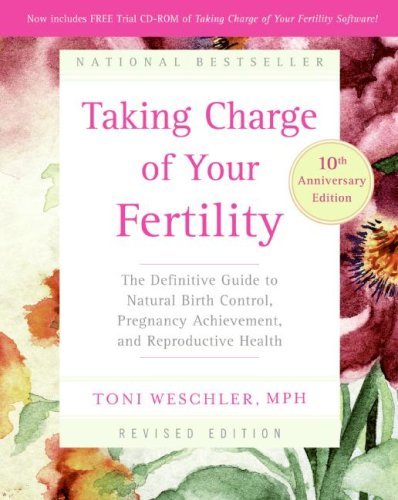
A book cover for Taking Charge of Your Fertility, 10th Anniversary Edition: The Definitive Guide to Natural Birth Control, Pregnancy Achievement, and Reproductive Health [Paperback] [2006] 10th anniversary Ed. Toni Weschler; Toni Weschler; Parenting & Relationships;